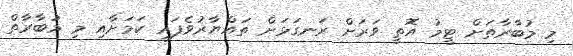
މި މުބާރާތަށް ޓީމު އޮތީ ވަރަށް ރަނގަޅަށް ތައްޔާރުވެފައި ކަމަށާއި މި މުބާރާތް